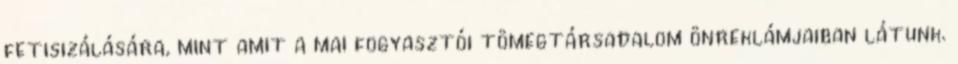
fetisizálására, mint amit a mai fogyasztói tömegtársadalom önreklámjaiban látunk.